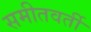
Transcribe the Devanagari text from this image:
समीतवर्ती